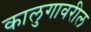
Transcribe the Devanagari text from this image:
कालुगावरील